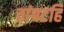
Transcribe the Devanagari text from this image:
तांबटहि